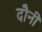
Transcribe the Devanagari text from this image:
दौनी